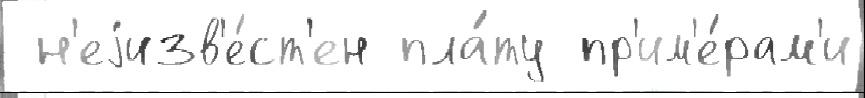
 н'еjизв'е́ст'ен пла́ту пр'им'е́рам'и